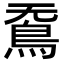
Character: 𮬫